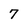
Character: 7